Problem: 29 + 20 = ?
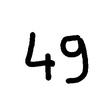
Handwritten answer: 49